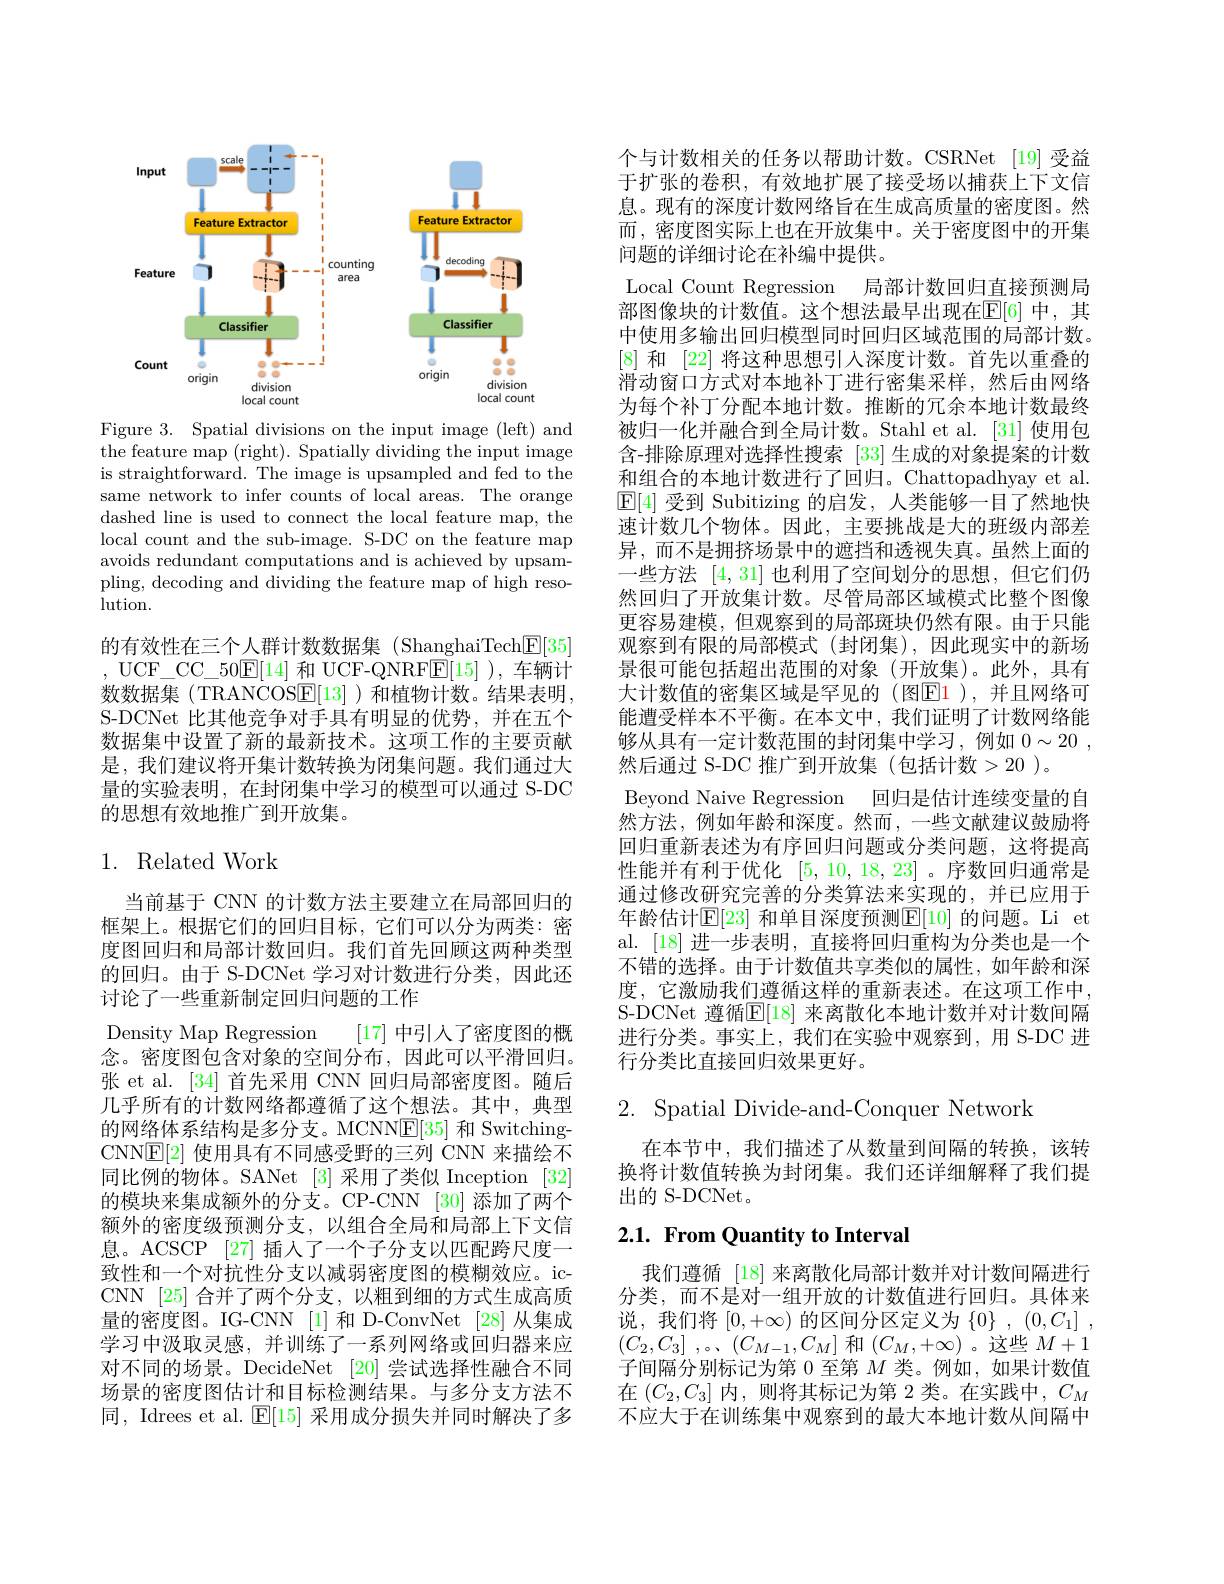
<FigureHere>

Figure 3. Spatial divisions on the input image (left) and the feature map (right). Spatially dividing the input image is straightforward. The image is upsampled and fed to the same network to infer counts of local areas. The orange dashed line is used to connect the local feature map, the local count and the sub-image. S-DC on the feature map avoids redundant computations and is achieved by upsampling, decoding and dividing the feature map of high resolution.
的有效性在三个人群计数数据集 (ShanghaiTech$\boxed{\mathrm{F}}[35]$ , UCF\_CC\_50$\mathbb{E}[14]$和 UCF-QNRF$\mathbb{E}[15]$ ),车辆计数数据集(TRANCOS$\underline{\mathrm{E}}[13]$ )和植物计数。结果表明， S-DCNet 比其他竞争对手具有明显的优势，并在五个数据集中设置了新的最新技术。这项工作的主要贡献是，我们建议将开集计数转换为闭集问题。我们通过大量的实验表明，在封闭集中学习的模型可以通过 S-DC 的思想有效地推广到开放集。

## 1. Related Work

当前基于 CNN 的计数方法主要建立在局部回归的框架上。根据它们的回归目标，它们可以分为两类：密度图回归和局部计数回归。我们首先回顾这两种类型的回归。由于 S-DCNet 学习对计数进行分类，因此还讨论了一些重新制定回归问题的工作
Density Map Regression
[17]中引入了密度图的概
念。密度图包含对象的空间分布，因此可以平滑回归。张 et al. [34] 首先采用 CNN 回归局部密度图。随后几乎所有的计数网络都遵循了这个想法。其中，典型的网络体系结构是多分支。MCNN$\underline{\mathrm{E}}[35]$和 SwitchingCNN$\mathbb{E}[2]$使用具有不同感受野的三列 CNN 来描绘不同比例的物体。SANet [3] 采用了类似 Inception [32] 的模块来集成额外的分支。CP-CNN [30] 添加了两个额外的密度级预测分支，以组合全局和局部上下文信息。ACSCP [27] 插人了一个子分支以匹配跨尺度一致性和一个对抗性分支以减弱密度图的模糊效应。icCNN [25] 合并了两个分支，以粗到细的方式生成高质量的密度图。IG-CNN [1]和 D-ConvNet [28]从集成学习中汲取灵感，并训练了一系列网络或回归器来应对不同的场景。DecideNet [20] 尝试选择性融合不同场景的密度图估计和目标检测结果。与多分支方法不同，Idrees et al. $\operatorname{E}[15]$采用成分损失并同时解决了多

个与计数相关的任务以帮助计数。CSRNet [19]受益于扩张的卷积，有效地扩展了接受场以捕获上下文信息。现有的深度计数网络旨在生成高质量的密度图。然而 , 密度图实际上也在开放集中。关于密度图中的开集问题的详细讨论在补编中提供。
Local Count Regression 局部计数回归直接预测局部图像块的计数值。这个想法最早出现在$\mathbb{E}[6]$ 中，其中使用多输出回归模型同时回归区域范围的局部计数。[8]和 [22] 将这种思想引入深度计数。首先以重叠的滑动窗口方式对本地补丁进行密集采样，然后由网络为每个补丁分配本地计数。推断的冗余本地计数最终被归一化并融合到全局计数。Stahl et al. [31] 使用包含-排除原理对选择性搜索 [33]生成的对象提案的计数和组合的本地计数进行了回归。Chattopadhyay et al. $\boxed{\mathbb{E}[4]\text{ 受到 Subitizing 的启发，人类能够一目了然地快}}$ 速计数几个物体。因此，主要挑战是大的班级内部差异，而不是拥挤场景中的遮挡和透视失真。虽然上面的一些方法[4,31]也利用了空间划分的思想，但它们仍然回归了开放集计数。尽管局部区域模式比整个图像更容易建模，但观察到的局部斑块仍然有限。由于只能观察到有限的局部模式(封闭集),因此现实中的新场景很可能包括超出范围的对象(开放集)。此外，具有大计数值的密集区域是罕见的(图$\color{red}{\mathrm{E}}\color{red}{\mathrm{1}}$),并且网络可能遭受样本不平衡。在本文中，我们证明了计数网络能够从具有一定计数范围的封闭集中学习，例如$0\sim 20$ , 然后通过 S-DC 推广到开放集(包括计数>20)。
Beyond Naive Regression 回归是估计连续变量的自然方法，例如年龄和深度。然而，一些文献建议鼓励将回归重新表述为有序回归问题或分类问题，这将提高性能并有利于优化[5,10,18,23] 。序数回归通常是通过修改研究完善的分类算法来实现的，并已应用于年龄估计$\mathbb{E}[23]$ 和单目深度预测$\mathbb{E}[10]$ 的问题。Li et al. [18] 进一步表明，直接将回归重构为分类也是一个不错的选择。由于计数值共享类似的属性，如年龄和深度，它激励我们遵循这样的重新表述。在这项工作中S-DCNet 遵循$\mathbb{E}[18]$ 来离散化本地计数并对计数间隔进行分类。事实上，我们在实验中观察到，用 S-DC 进行分类比直接回归效果更好。

$2.~$Spatial Divide-and-Conquer Network

在本节中，我们描述了从数量到间隔的转换，该转换将计数值转换为封闭集。我们还详细解释了我们提出的 S-DCNet 。

## $2. 1. \textbf{ From Quantity to Interval}$

我们遵循 [18] 来离散化局部计数并对计数间隔进行分类，而不是对一组开放的计数值进行回归。具体来说，我们将$[0,+\infty)$的区间分区定义为$\{0\},(0,C_1]$, $( C_{2}, C_{3}]$ $, 。( C_{M- 1}, C_{M}]$和$(C_{M},+\infty)$。这些$M+1$ 子间隔分别标记为第 0 至第$M$类。例如，如果计数值在$(C_2,C_3]$内，则将其标记为第 2 类。在实践中，$C_M$ 不应大于在训练集中观察到的最大本地计数从间隔中